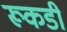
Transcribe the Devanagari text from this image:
रूकडी